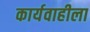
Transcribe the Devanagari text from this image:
कार्यवाहीला